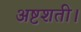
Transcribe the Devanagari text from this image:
अष्टशती।